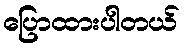
ပြောထားပါတယ်